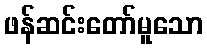
ဖန်ဆင်းတော်မူသော